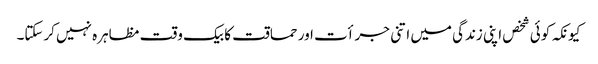
کیونکہ کوئی شخص اپنی زندگی میں اتنی جرأت اور حماقت کا بیک وقت مظاہرہ نہیں کرسکتا۔